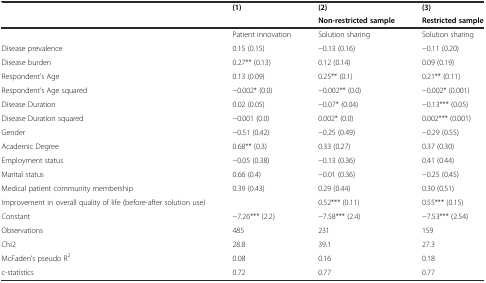
| <ROWSPAN=2>  | <ROWSPAN=2> (1) | (2) | (3) |
 | Non-restricted sample | Restricted sample |
 | --- | --- | --- | --- |
 |  | Patient innovation | Solution sharing | Solution sharing |
 | Disease prevalence | 0.15 (0.15) | −0.13 (0.16) | −0.11 (0.20) |
 | Disease burden | 0.27** (0.13) | 0.12 (0.14) | 0.09 (0.19) |
 | Respondent’s Age | 0.13 (0.09) | 0.25** (0.1) | 0.21** (0.11) |
 | Respondent’s Age squared | −0.002* (0.0) | −0.002** (0.0) | −0.002* (0.001) |
 | Disease Duration | 0.02 (0.05) | −0.07* (0.04) | −0.13*** (0.05) |
 | Disease Duration squared | −0.001 (0.0) | 0.002* (0.0) | 0.002*** (0.001) |
 | Gender | −0.51 (0.42) | −0.25 (0.49) | −0.29 (0.55) |
 | Academic Degree | 0.68** (0.3) | 0.33 (0.27) | 0.37 (0.30) |
 | Employment status | −0.05 (0.38) | −0.13 (0.36) | 0.41 (0.44) |
 | Marital status | 0.66 (0.4) | −0.01 (0.36) | −0.25 (0.45) |
 | Medical patient community membership | 0.39 (0.43) | 0.29 (0.44) | 0.30 (0.51) |
 | Improvement in overall quality of life (before-after solution use) |  | 0.52*** (0.11) | 0.55*** (0.15) |
 | Constant | −7.26*** (2.2) | −7.58*** (2.4) | −7.53*** (2.54) |
 | Observations | 485 | 231 | 159 |
 | Chi2 | 28.8 | 39.1 | 27.3 |
 | McFaden’s pseudo R2 | 0.08 | 0.16 | 0.18 |
 | c-statistics | 0.72 | 0.77 | 0.77 |